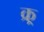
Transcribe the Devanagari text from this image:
क्र्र